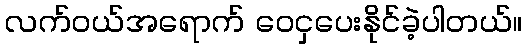
လက်ဝယ်အရောက် ဝေငှပေးနိုင်ခဲ့ပါတယ်။